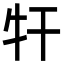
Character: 㸩